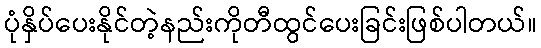
ပုံနှိပ်ပေးနိုင်တဲ့နည်းကိုတီထွင်ပေးခြင်းဖြစ်ပါတယ်။